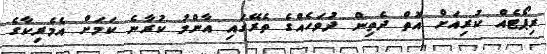
ރިޕޯޓެއް ކުރިއަށް އޮތް ދެތިން ދުވަހެއްގެ ތެރޭގައި އާންމު ކުރާނެ ކަމަށް އެމެރިކާގެ